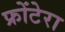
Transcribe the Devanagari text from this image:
फ्रोंटेरा